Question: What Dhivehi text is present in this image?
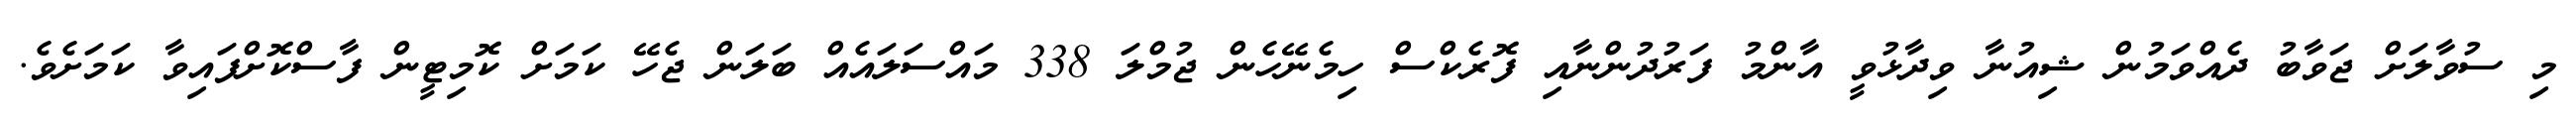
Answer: މި ސުވާލަށް ޖަވާބު ދެއްވަމުން ޝިއުނާ ވިދާޅުވީ އާންމު ފަރުދުންނާއި ފޮރެކްސް ހިމެނޭހެން ޖުމްލަ 338 މައްސަލައެއް ބަލަން ޖެހޭ ކަމަށް ކޮމިޓީން ފާސްކޮށްފައިވާ ކަމަށެވެ.